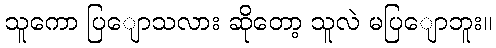
သူကော ပြျောသလား ဆိုတော့ သူလဲ မပြျောဘူး။